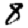
Digit: 8